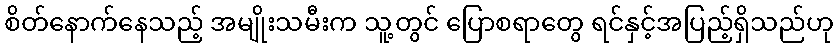
စိတ်နောက်နေသည့် အမျိုးသမီးက သူ့တွင် ပြောစရာတွေ ရင်နှင့်အပြည့်ရှိသည်ဟု